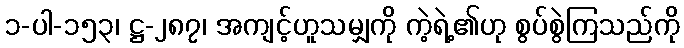
၁-ပါ-၁၅၃၊ ဋ္ဌ-၂၈၇၊ အကျင့်ဟူသမျှကို ကဲ့ရဲ့၏ဟု စွပ်စွဲကြသည်ကို